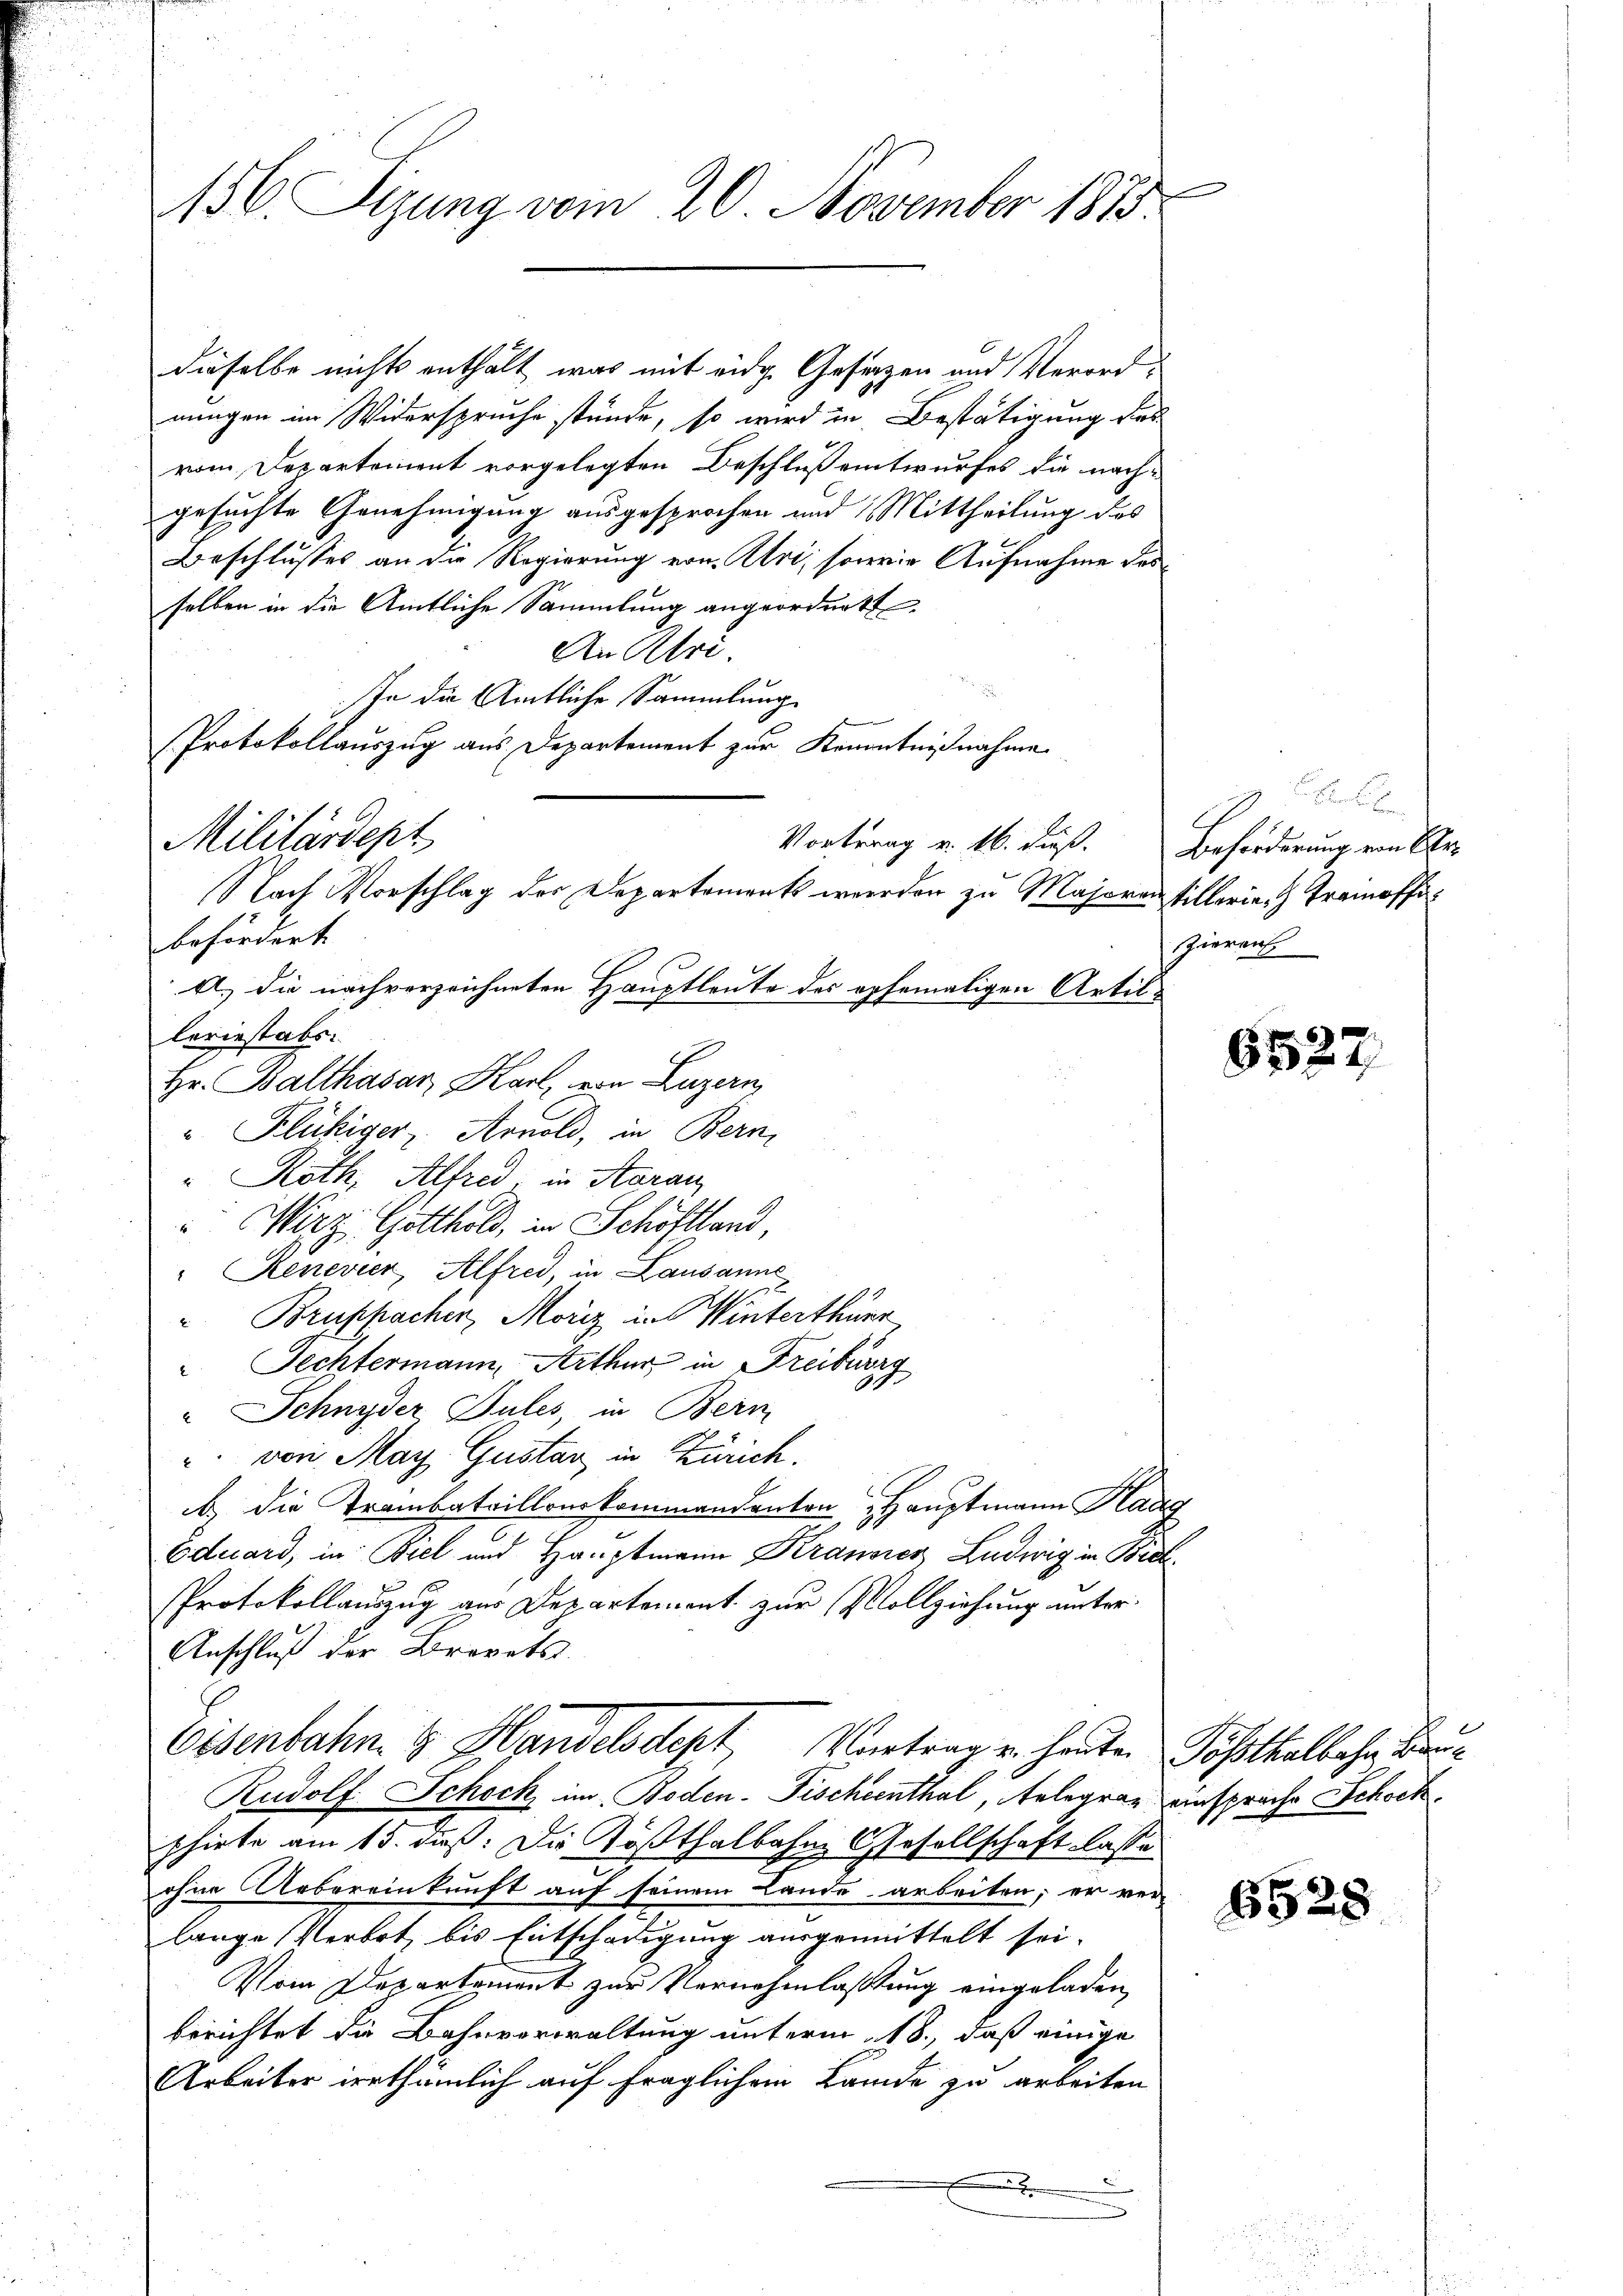
156. Sizung vom 20. November 1875.

dieselbe nichts enthält, was mit eidg. Gesagen und Verordnungen im Widerspruche stände, so wird in Bestätigung des
vom Departement vorgelegten Beschluß eintwurfes die nach-
gesuchte Genehmigung ausgesprochen und Mittheilung des
Beschlusses an die Regierung von Uri, sowie Aufnahme desselben in die Amtliche Sammlung angeordnet
An Khri
hn die Amtliche Sammlung
Vortrag v. 16. dieß. Beförderung von Sr.
A. die nachverzeichneten Hauptleute des opfemaligen Artilleriestabs
Hr. Balthasar Karl, von Luzern
" Flückiger, Arnold, in Bern,
" Roth, Alfred, in Aarau
" Wirz Gotthold, in Schöftland,
"Renevier, Alfred, in Lausanne
Bruppacher, Moriz in Winterthure
" Fechtermann, Arthur, in Freiburg
" Schnyder Sules, in Bern
" von May Gustav in Zürich.
b., die Trainbataillonskommandenten Hauptmann Radg
Eduard, in Biel und Hauptmann Krancier Ludwig in Biel¬
Protokollauszug aus Departement zur Vollziehung unter¬
Anschluß der Brorats
Eisenbahn & Handelsdept Vortrag u. heuten Postkalbahn Bau¬
Rudolf Schock, im Boden- Fischeenthal, Gelegran einsprache Schock.
phirte am 15. daß. Die Tößthalbahne Gesellschaft lasse
ohne Uebereinkunft auf seinem Lande arbeiten; er ver-
lange Verort, bis Entschädigung ausgemittelt sei.
Vom Departement zur Vornahmlassung eingeladen,
berichtet die Bahnverwaltung unterm 18., daß einige
Arbeiter urthümlich auf fraglichem Lande zu arbeiten
d
x
.

Protokollauszug aus Departement zur Kenntnißnahme
Militärdept
Nach Vorschlag der Departements werden zu Majorantillerie Tramoffibefördert.

g
Zierauf

65.

6528